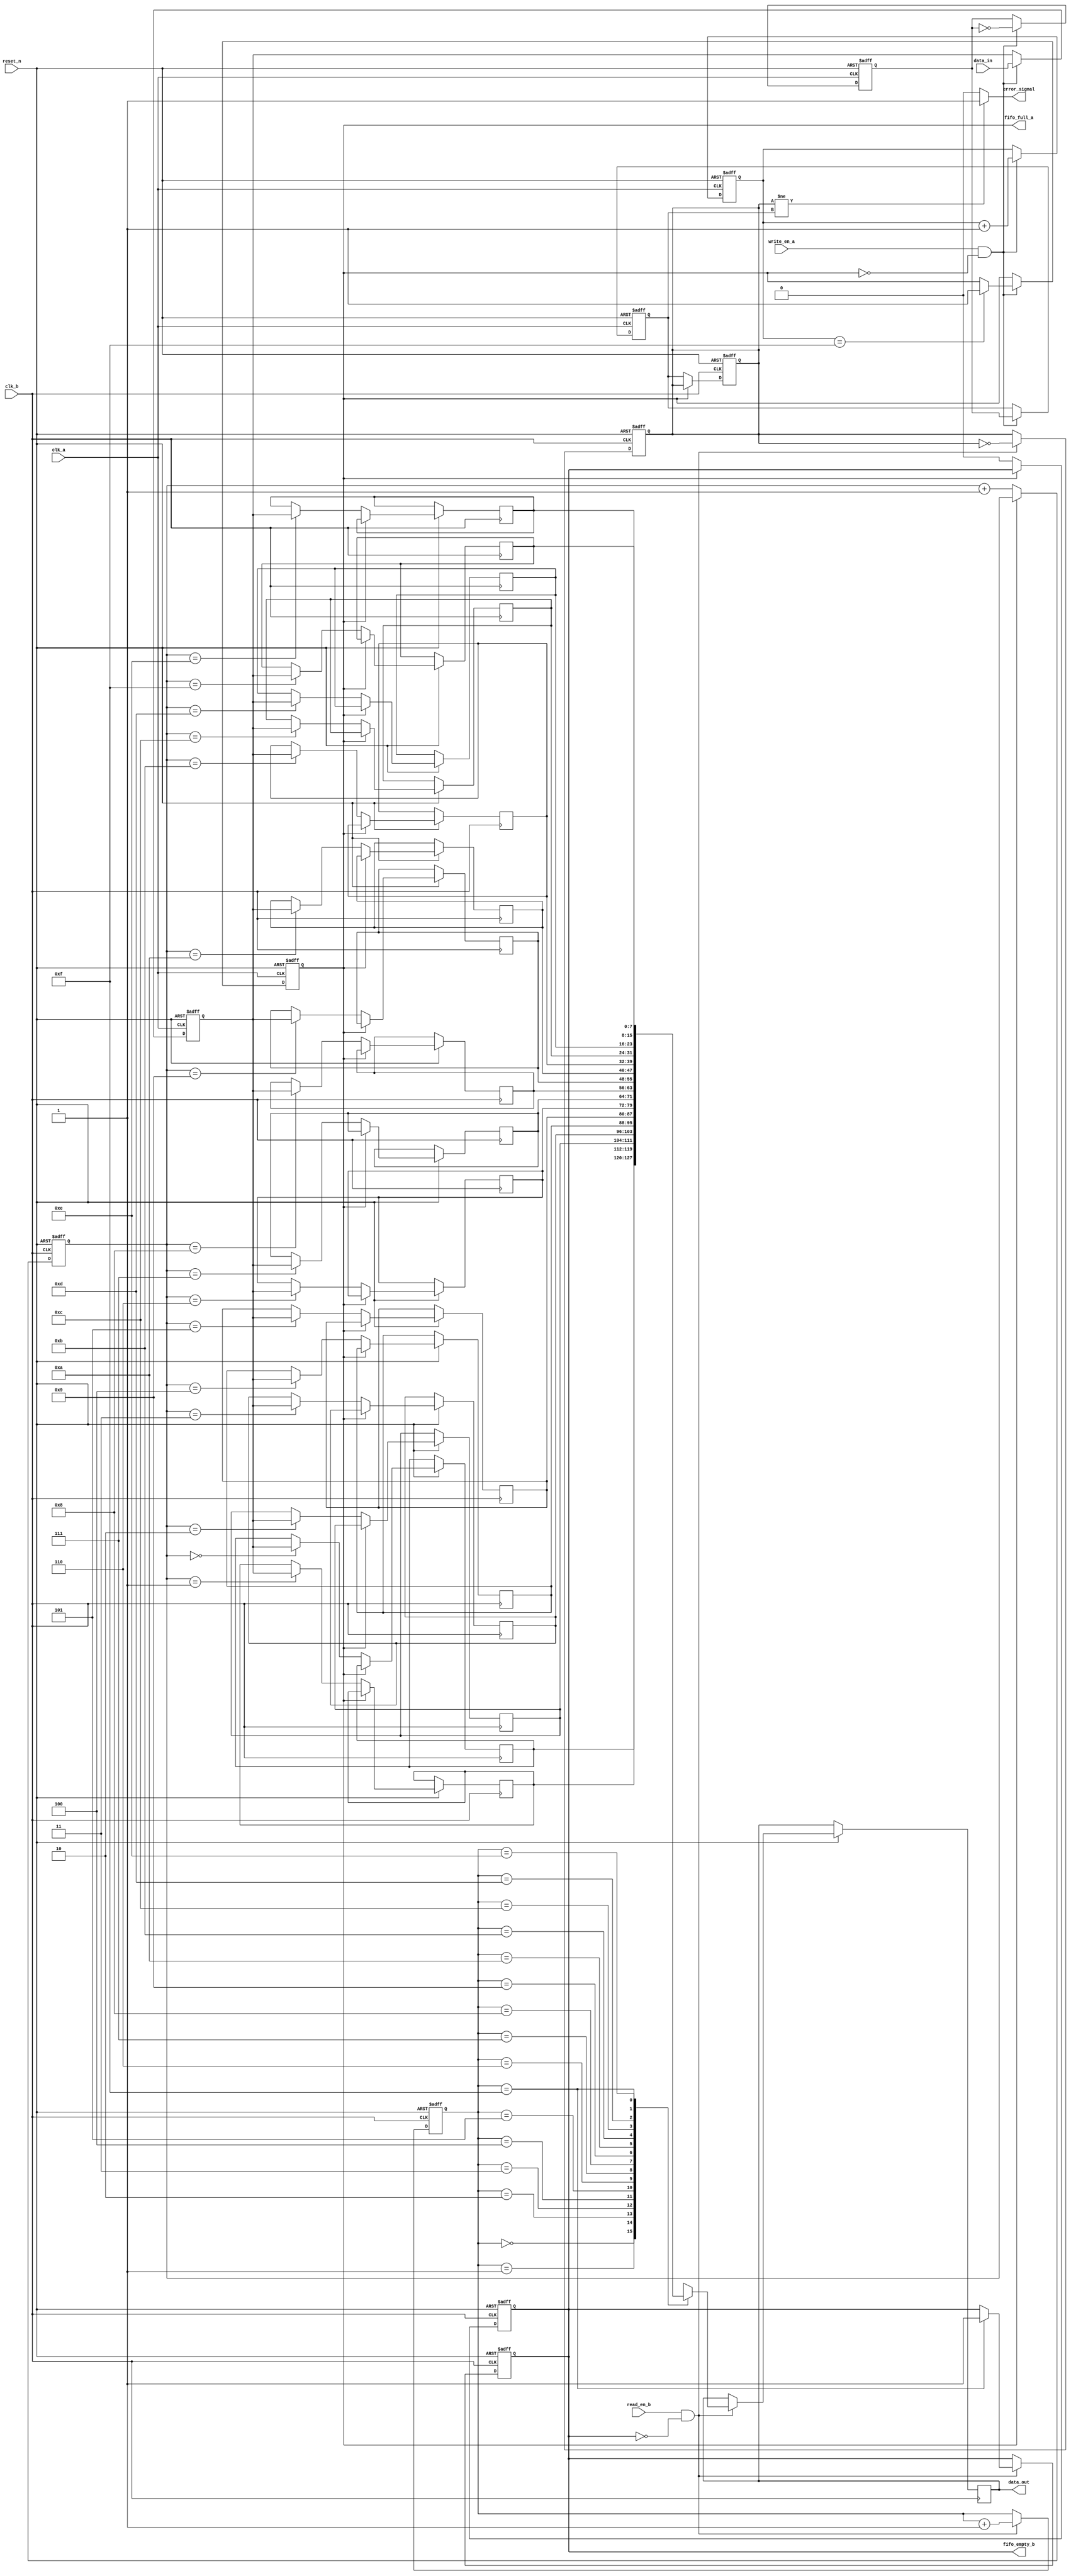
module cdc_memory_blocks (
    input wire clk_a,                // Source clock domain
    input wire clk_b,                // Destination clock domain
    input wire reset_n,              // Asynchronous reset (active low)
    
    // Source domain interface
    input wire [7:0] data_in,        // Data input from source
    input wire write_en_a,           // Write enable for source
    output wire fifo_full_a,         // FIFO full status for source
    
    // Destination domain interface
    output wire [7:0] data_out,      // Data output to destination
    input wire read_en_b,            // Read enable for destination
    output wire fifo_empty_b,        // FIFO empty status for destination
    output wire error_signal          // Error signal for data integrity
);

    // FIFO size
    parameter FIFO_DEPTH = 16;
    reg [7:0] fifo_a [0:FIFO_DEPTH-1]; // FIFO in Clock_A domain
    reg [7:0] fifo_b [0:FIFO_DEPTH-1]; // FIFO in Clock_B domain
    reg [3:0] wr_ptr_a, rd_ptr_a;      // Write and read pointers for FIFO_A
    reg [3:0] wr_ptr_b, rd_ptr_b;      // Write and read pointers for FIFO_B
    reg fifo_full_a_reg, fifo_empty_b_reg;

    // Parity registers
    reg parity_a, parity_b;
    reg parity_out_a, parity_out_b;

    // Write logic for FIFO_A
    always @(posedge clk_a or negedge reset_n) begin
        if (!reset_n) begin
            wr_ptr_a <= 0;
            fifo_full_a_reg <= 0;
            parity_out_a <= 0;
        end else if (write_en_a && !fifo_full_a_reg) begin
            fifo_a[wr_ptr_a] <= data_in;
            parity_out_a <= ~parity_out_a; // Simple parity toggle
            wr_ptr_a <= wr_ptr_a + 1;
            if (wr_ptr_a == FIFO_DEPTH - 1) fifo_full_a_reg <= 1;
        end
    end

    // Read logic for FIFO_B
    always @(posedge clk_b or negedge reset_n) begin
        if (!reset_n) begin
            rd_ptr_b <= 0;
            fifo_empty_b_reg <= 1;
            parity_b <= 0;
        end else if (read_en_b && !fifo_empty_b_reg) begin
            data_out <= fifo_b[rd_ptr_b];
            parity_b <= ~parity_b; // Simple parity toggle
            rd_ptr_b <= rd_ptr_b + 1;
            if (rd_ptr_b == FIFO_DEPTH - 1) fifo_empty_b_reg <= 1;
        end
    end

    // Synchronizers for FIFO_A to FIFO_B
    reg [7:0] data_sync;
    reg parity_sync;
    always @(posedge clk_a or negedge reset_n) begin
        if (!reset_n) begin
            data_sync <= 0;
            parity_sync <= 0;
        end else if (write_en_a && !fifo_full_a_reg) begin
            data_sync <= data_in;
            parity_sync <= parity_out_a;
        end
    end

    // Write to FIFO_B from synchronized data
    always @(posedge clk_b or negedge reset_n) begin
        if (!reset_n) begin
            wr_ptr_b <= 0;
            fifo_empty_b_reg <= 1;
            parity_b <= 0;
        end else if (!fifo_full_a_reg) begin
            fifo_b[wr_ptr_b] <= data_sync;
            parity_b <= parity_sync;
            wr_ptr_b <= wr_ptr_b + 1;
            fifo_empty_b_reg <= 0;
        end
    end

    // Error detection logic
    assign error_signal = (parity_b != parity_sync) ? 1'b1 : 1'b0;
    assign fifo_full_a = fifo_full_a_reg;
    assign fifo_empty_b = fifo_empty_b_reg;

endmodule